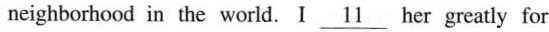
neighborhood in the world I \underline{11}